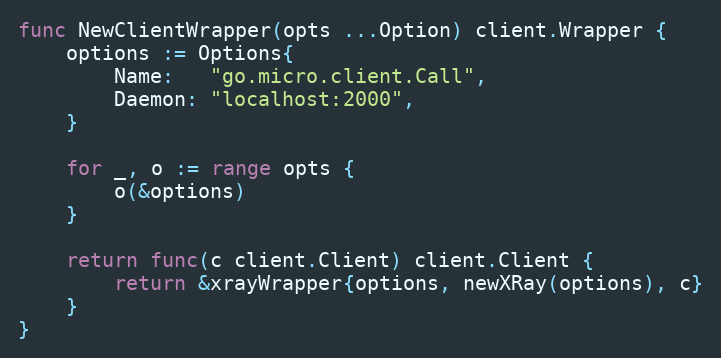
Language: Go
func NewClientWrapper(opts ...Option) client.Wrapper {
	options := Options{
		Name:   "go.micro.client.Call",
		Daemon: "localhost:2000",
	}

	for _, o := range opts {
		o(&options)
	}

	return func(c client.Client) client.Client {
		return &xrayWrapper{options, newXRay(options), c}
	}
}